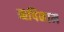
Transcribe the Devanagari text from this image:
ऋषिनाम